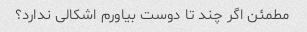
مطمئن اگر چند تا دوست بیاورم اشکالی ندارد؟